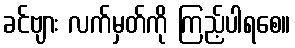
ခင်ဗျား လက်မှတ်ကို ကြည့်ပါရစေ။